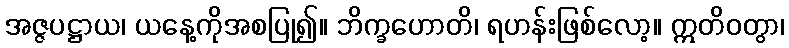
အဇ္ဇပဋ္ဌာယ၊ ယနေ့ကိုအစပြု၍။ ဘိက္ခဟောတိ၊ ရဟန်းဖြစ်လော့။ ဣတိဝတွာ၊